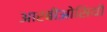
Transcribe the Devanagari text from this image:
आरबीओसियों